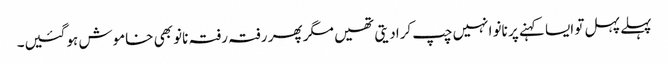
پہلے پہل تو ایسا کہنے پر نانو انہیں چپ کرادیتی تھیں مگر پھر رفتہ رفتہ نانو بھی خاموش ہوگئیں۔